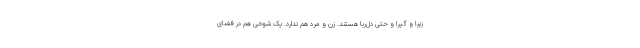
زیبا و گیرا و حتی دل‌ربا هستند. زن و مرد هم ندارد. یک شوخی هم در فضای